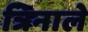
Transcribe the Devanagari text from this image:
त्रिनाले